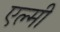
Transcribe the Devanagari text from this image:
एल्मी